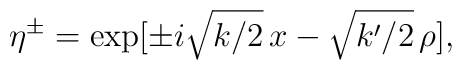
\eta^\pm = \exp[\pm i\sqrt{k/2}\,x -\sqrt{k'/2}\,\rho],